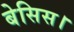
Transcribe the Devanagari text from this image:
बेसिस।